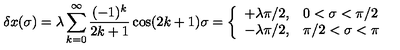
\delta x ( \sigma ) = \lambda \sum _ { k = 0 } ^ { \infty } \frac { ( - 1 ) ^ { k } } { 2 k + 1 } \cos ( 2 k + 1 ) \sigma = \left\{ \begin{array} { l l } { + \lambda \pi / 2 , } & { 0 < \sigma < \pi / 2 } \\ { - \lambda \pi / 2 , } & { \pi / 2 < \sigma < \pi } \\ \end{array} \right.